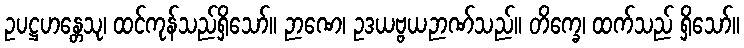
ဥပဋ္ဌဟန္တေသု၊ ထင်ကုန်သည်ရှိသော်။ ဉာဏေ၊ ဥဒယဗ္ဗယဉာဏ်သည်။ တိက္ခေ၊ ထက်သည် ရှိသော်။